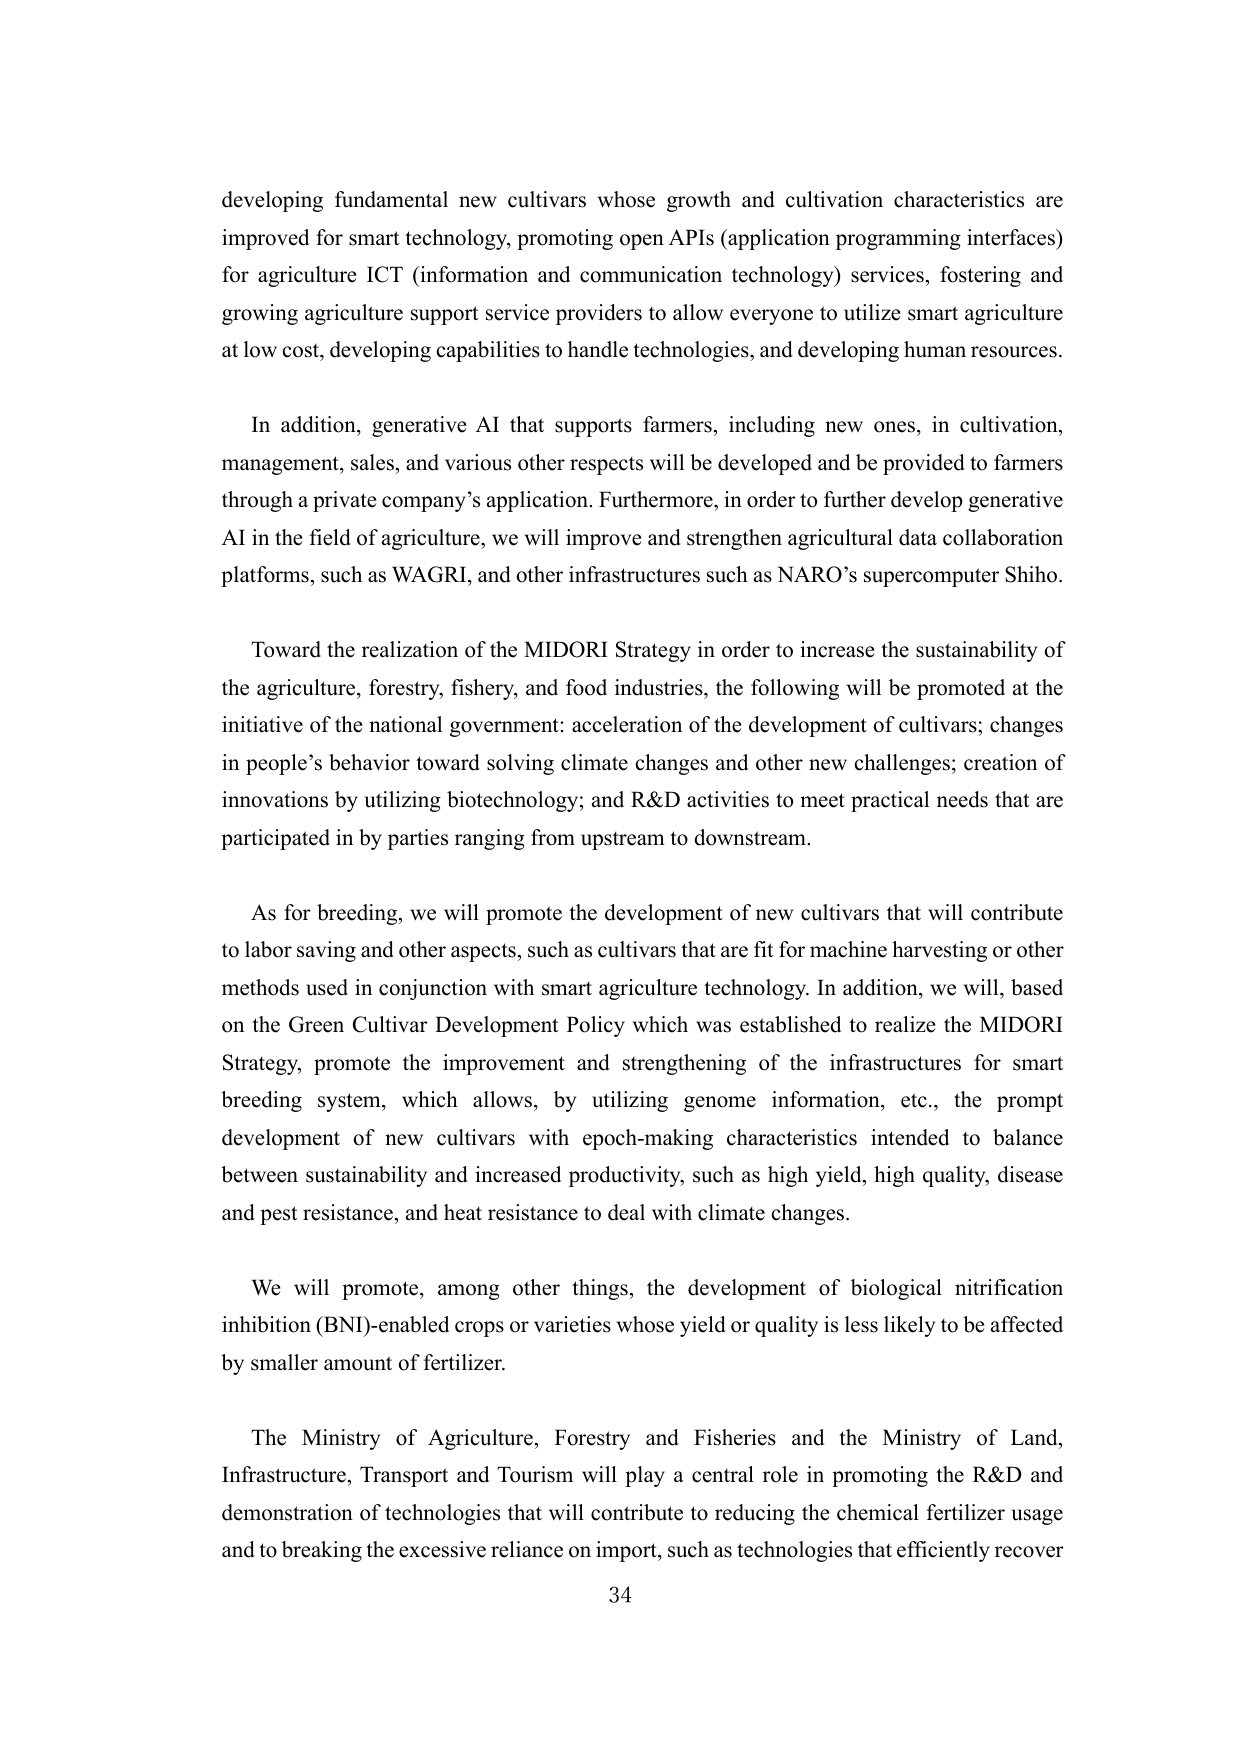
developing fundamental new cultivars whose growth and cultivation characteristics are improved for smart technology, promoting open APIs (application programming interfaces) for agriculture ICT (information and communication technology) services, fostering and growing agriculture support service providers to allow everyone to utilize smart agriculture at low cost, developing capabilities to handle technologies, and developing human resources.

In addition, generative AI that supports farmers, including new ones, in cultivation, management, sales, and various other respects will be developed and be provided to farmers through a private company’s application. Furthermore, in order to further develop generative AI in the field of agriculture, we will improve and strengthen agricultural data collaboration platforms, such as WAGRI, and other infrastructures such as NARO’s supercomputer Shiho.

Toward the realization of the MIDORI Strategy in order to increase the sustainability of the agriculture, forestry, fishery, and food industries, the following will be promoted at the initiative of the national government: acceleration of the development of cultivars; changes in people’s behavior toward solving climate changes and other new challenges; creation of innovations by utilizing biotechnology; and R&D activities to meet practical needs that are participated in by parties ranging from upstream to downstream.

As for breeding, we will promote the development of new cultivars that will contribute to labor saving and other aspects, such as cultivars that are fit for machine harvesting or other methods used in conjunction with smart agriculture technology. In addition, we will, based on the Green Cultivar Development Policy which was established to realize the MIDORI Strategy, promote the improvement and strengthening of the infrastructures for smart breeding system, which allows, by utilizing genome information, etc., the prompt development of new cultivars with epoch-making characteristics intended to balance between sustainability and increased productivity, such as high yield, high quality, disease and pest resistance, and heat resistance to deal with climate changes.

We will promote, among other things, the development of biological nitrification inhibition (BNI)-enabled crops or varieties whose yield or quality is less likely to be affected by smaller amount of fertilizer.

The Ministry of Agriculture, Forestry and Fisheries and the Ministry of Land, Infrastructure, Transport and Tourism will play a central role in promoting the R&D and demonstration of technologies that will contribute to reducing the chemical fertilizer usage and to breaking the excessive reliance on import, such as technologies that efficiently recover

34